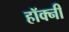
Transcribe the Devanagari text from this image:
हॉक्नी